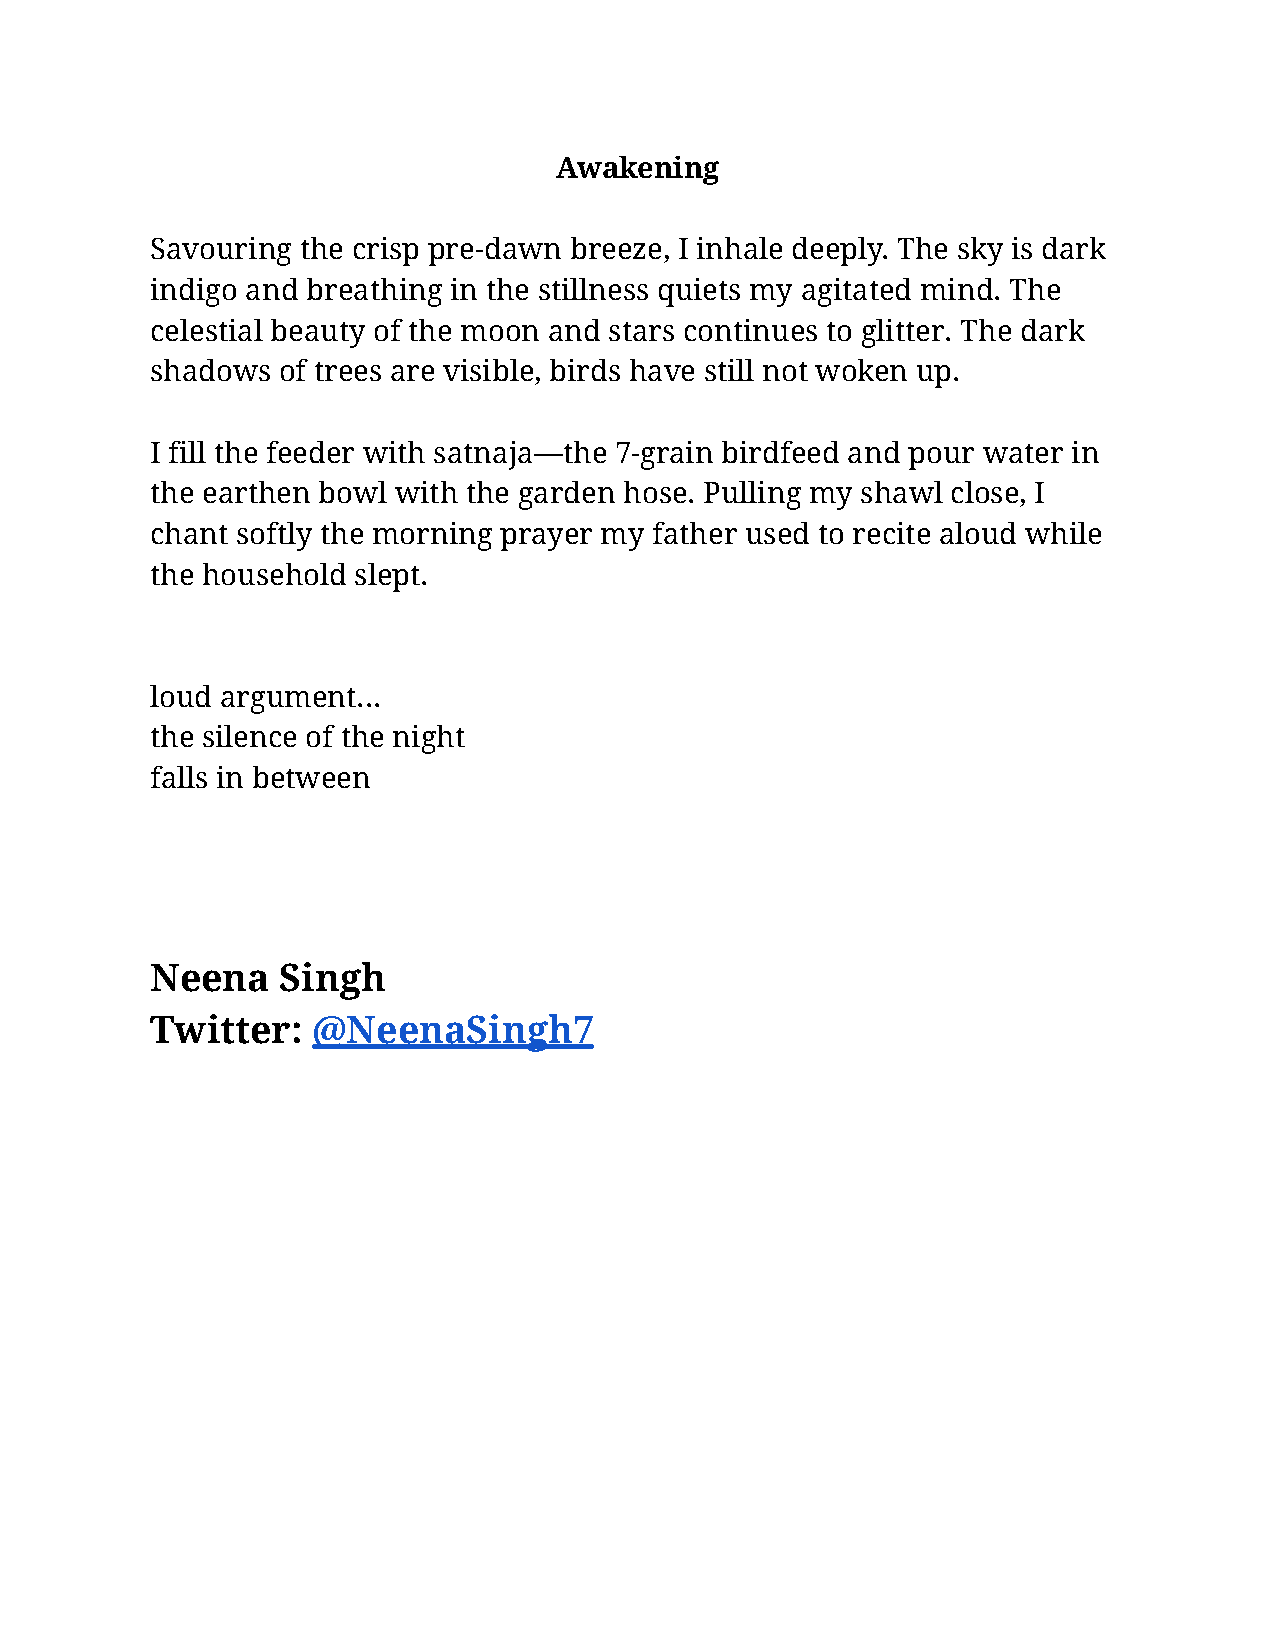
Awakening
 Savouring the crisp pre-dawn breeze, I inhale deeply. The sky is dark
 indigo and breathing in the stillness quiets my agitated mind. The
 celestial beauty of the moon and stars continues to glitter. The dark
 shadows of trees are visible, birds have still not woken up.
 I fill the feeder with satnaja—the 7-grain birdfeed and pour water in
 the earthen bowl with the garden hose. Pulling my shawl close, I
 chant softly the morning prayer my father used to recite aloud while
 the household slept.
 loud argument...
 the silence of the night
 falls in between
 Neena    Singh
 Twitter:   @NeenaSingh7